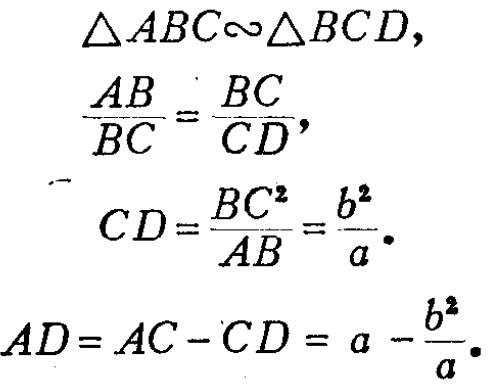
\begin{align*}
&\triangle ABC\sim\triangle BCD,\\
&\frac{AB}{BC}=\frac{BC}{CD},\\
&CD = \frac{BC^{2}}{AB}=\frac{b^{2}}{a}.\\
&AD = AC - CD=a-\frac{b^{2}}{a}.
\end{align*}